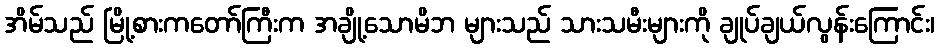
အိမ်သည် မြို့စားကတော်ကြီးက အချို့သောမိဘ များသည် သားသမီးများကို ချုပ်ချယ်လွန်းကြောင်း၊